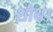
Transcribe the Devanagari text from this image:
शोथ।